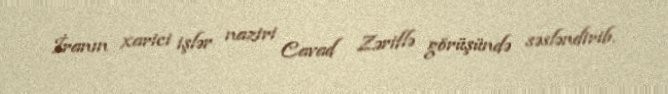
İranın xarici işlər naziri Cavad Zəriflə görüşündə səsləndirib.